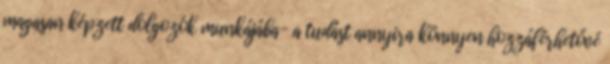
magasan képzett dolgozók munkájába- a tudást annyira könnyen hozzáférhetővé